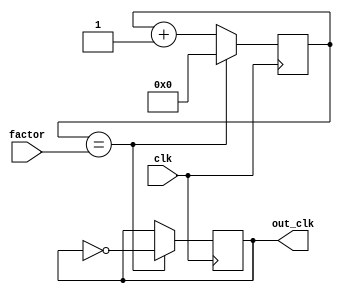
module ripple_counter(
    input wire clk,
    input wire [3:0] factor,
    output reg out_clk
);

reg [3:0] count;

always @(posedge clk) begin
    count <= count + 1;
    if (count == factor) begin
        out_clk <= ~out_clk;
        count <= 0;
    end
end

endmodule